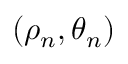
( \rho _ { n } , \theta _ { n } )